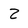
Character: z